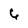
Character: 6